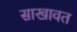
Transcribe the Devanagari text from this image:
साखावत